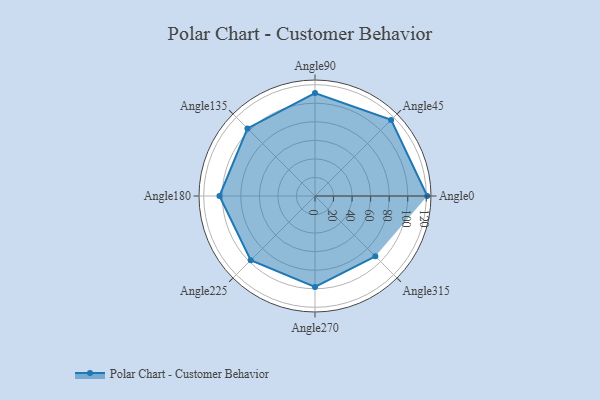
{"axis": {"x": "Angle", "y": "Radius"}, "legend": [""], "data": [{"x": "Angle0", "y": 121.0, "type": ""}, {"x": "Angle45", "y": 116.0, "type": ""}, {"x": "Angle90", "y": 111.0, "type": ""}, {"x": "Angle135", "y": 103.0, "type": ""}, {"x": "Angle180", "y": 103.0, "type": ""}, {"x": "Angle225", "y": 98.0, "type": ""}, {"x": "Angle270", "y": 98.0, "type": ""}, {"x": "Angle315", "y": 92.0, "type": ""}]}